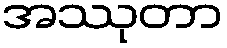
အဿုတာ